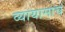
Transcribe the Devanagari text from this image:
व्यायामाचं